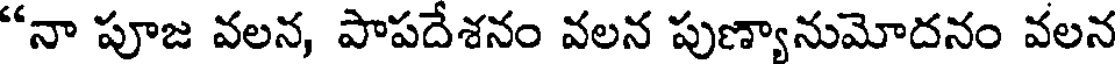
"నా పూజ వలన, పాపదేశనం వలన పుణ్యానుమోదనం వలన